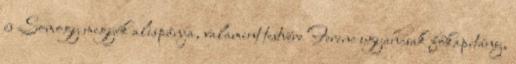
és Somogy megyék alispánja, valamint testvére Ferenc ugyancsak főkapitány,